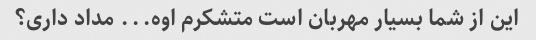
این از شما بسیار مهربان است متشکرم اوه... مداد داری؟